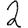
Digit: 2